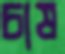
চাষ